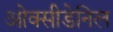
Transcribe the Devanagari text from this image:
ओक्सीडेनिल